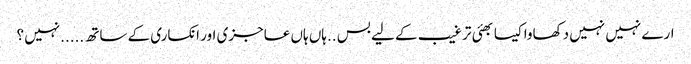
ارے نہیں نہیں دکھاوا کیسا بھئی ترغیب کے لیے بس ..ہاں ہاں عاجزی اور انکساری کے ساتھ .....نہیں ؟